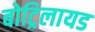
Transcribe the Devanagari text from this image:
बोट्रिलायड